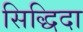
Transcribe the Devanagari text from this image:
सिद्धिदा